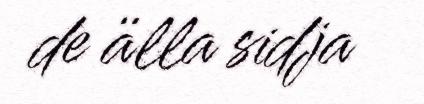
de älla sidja